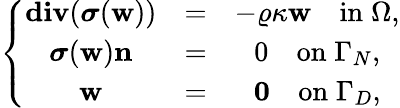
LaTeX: \left\{ \begin{array}{cccc}{\textbf{div}(\boldsymbol{\sigma}(\textbf{w}))}&{=}&{-\varrho\kappa\textbf{w}\quad\mathrm{in}\; \Omega,}\\ {\boldsymbol{\sigma}(\textbf{w})\textbf{n}}&{=}&{0\quad\mathrm{on}\; \Gamma_{N},}\\ {\textbf{w}}&{=}&{\boldsymbol{0}\quad\mathrm{on}\; \Gamma_{D},}\end{array}\right.